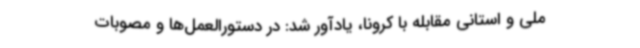
ملی و استانی مقابله با کرونا، یادآور شد: در دستورالعمل‌ها و مصوبات